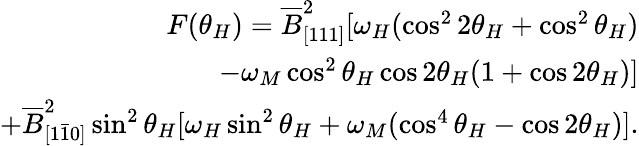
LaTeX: \begin{array}{r}{F(\theta_{H})=\overline{{B}}_{[111]}^{2}[\omega_{H}(\cos^{2}{2\theta_{H}}+\cos^{2}{\theta_{H}})}\\ {-\omega_{M}\cos^{2}{\theta_{H}}\cos{2\theta_{H}}(1+\cos{2\theta_{H}})]}\\ {+\overline{{B}}_{[1\bar{1}0]}^{2}\sin^{2}{\theta_{H}}[\omega_{H}\sin^{2}{\theta_{H}}+\omega_{M}(\cos^{4}{\theta_{H}}-\cos{2\theta_{H}})].}\end{array}